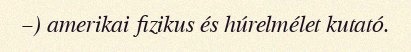
–) amerikai fizikus és húrelmélet kutató.